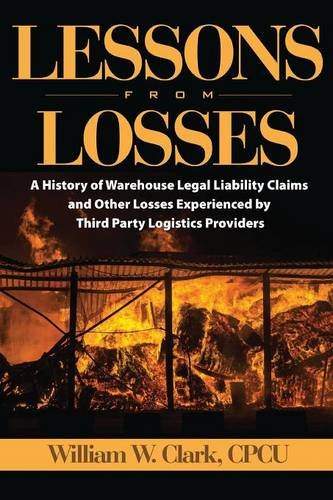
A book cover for Lessons From Losses: A History of Warehouse Legal Liability Claims and Other Losses Experienced ByThird Party Logistics Providers; CPCU William W. Clark; Business & Money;